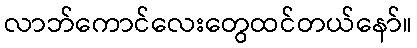
လာဘ်ကောင်လေးတွေထင်တယ်နော်။